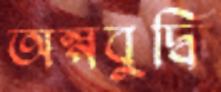
অল্পবুদ্ধি